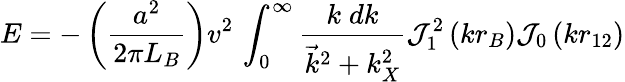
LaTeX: E=-\left({\frac{a^{2}}{2\pi L_{B}}}\right)v^{2}\, \int_{0}^{\infty}{\frac{k\; dk}{{\vec{k}}^{2}+k_{X}^{2}}}{\mathcal{J}}_{1}^{2}\left(kr_{B}\right){\mathcal{J}}_{0}\left(kr_{12}\right)